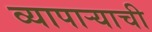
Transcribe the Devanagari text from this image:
व्यापार्‍याची